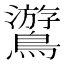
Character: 𪆎